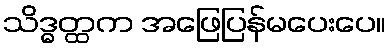
သိဒ္ဓတ္ထက အဖြေပြန်မပေးပေ။